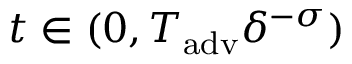
t \in ( 0 , T _ { \mathrm { a d v } } \delta ^ { - \sigma } )